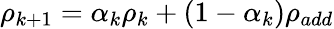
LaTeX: \rho_{k+1}=\alpha_{k}\rho_{k}+(1-\alpha_{k})\rho_{add}